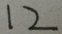
1 2